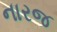
નારજ